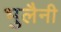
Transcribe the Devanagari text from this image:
भुलैनी